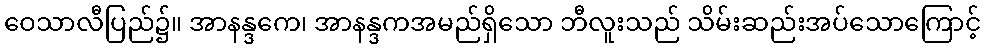
ဝေသာလီပြည်၌။ အာနန္ဒကေ၊ အာနန္ဒကအမည်ရှိသော ဘီလူးသည် သိမ်းဆည်းအပ်သောကြောင့်